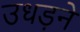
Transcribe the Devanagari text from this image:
उधड़ने